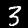
Label: 3